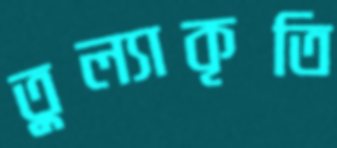
তুল্যাকৃতি